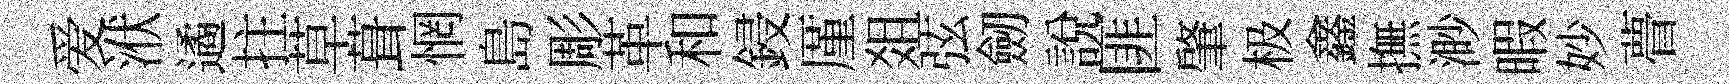
爱洑遹拄草葺惘島彫革和鋟厪爼弦劒説匪肇极鑫撫渺暇妙瞢